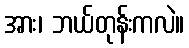
အား၊ ဘယ်တုန်းကလဲ။